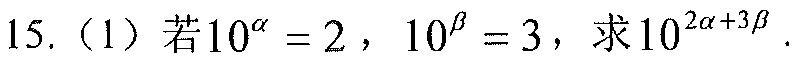
15.（1）若\(10^{\alpha}=2\)，\(10^{\beta}=3\)，求\(10^{2\alpha + 3\beta}\).